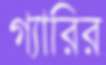
গ্যারির